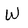
Character: W